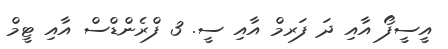
އީސީފޯ އާއި ދަ ފަރމް އާއި ސީ. 3 ފްރެންޑްސް އާއި ޓީމް